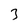
Character: 3